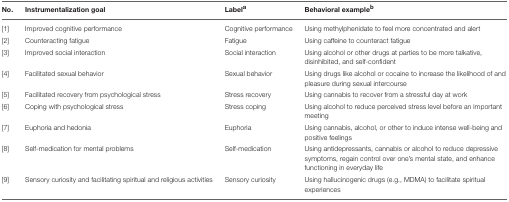
<table><thead><tr><td><b>No.</b></td><td><b>Instrumentalization goal</b></td><td><b>Label<sup>a</sup></b></td><td><b>Behavioral example<sup>b</sup></b></td></tr></thead><tbody><tr><td>[1]</td><td>Improved cognitive performance</td><td>Cognitive performance</td><td>Using methylphenidate to feel more concentrated and alert</td></tr><tr><td>[2]</td><td>Counteracting fatigue</td><td>Fatigue</td><td>Using caffeine to counteract fatigue</td></tr><tr><td>[3]</td><td>Improved social interaction</td><td>Social interaction</td><td>Using alcohol or other drugs at parties to be more talkative, disinhibited, and self-confident</td></tr><tr><td>[4]</td><td>Facilitated sexual behavior</td><td>Sexual behavior</td><td>Using drugs like alcohol or cocaine to increase the likelihood of and pleasure during sexual intercourse</td></tr><tr><td>[5]</td><td>Facilitated recovery from psychological stress</td><td>Stress recovery</td><td>Using cannabis to recover from a stressful day at work</td></tr><tr><td>[6]</td><td>Coping with psychological stress</td><td>Stress coping</td><td>Using alcohol to reduce perceived stress level before an important meeting</td></tr><tr><td>[7]</td><td>Euphoria and hedonia</td><td>Euphoria</td><td>Using cannabis, alcohol, or other to induce intense well-being and positive feelings</td></tr><tr><td>[8]</td><td>Self-medication for mental problems</td><td>Self-medication</td><td>Using antidepressants, cannabis or alcohol to reduce depressive symptoms, regain control over one&#x27;s mental state, and enhance functioning in everyday life</td></tr><tr><td>[9]</td><td>Sensory curiosity and facilitating spiritual and religious activities</td><td>Sensory curiosity</td><td>Using hallucinogenic drugs (e.g., MDMA) to facilitate spiritual experiences</td></tr></tbody></table>